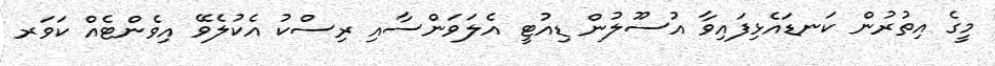
މީގެ އިތުރުން ކަނޑައެޅިފައިވާ އުސޫލުން ޑިއުޓީ އެލަވަންސާއި ރިސްކު އެކުލެވޭ އިވެންޓެއް ކަވަރ